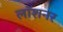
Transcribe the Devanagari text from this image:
लॉशनर